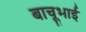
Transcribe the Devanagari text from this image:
बाचूभाई